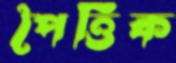
পৈত্তিক